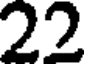
22